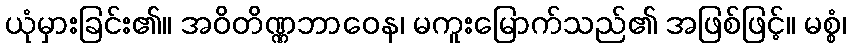
ယုံမှားခြင်း၏။ အဝိတိဏ္ဏဘာဝေန၊ မကူးမြောက်သည်၏ အဖြစ်ဖြင့်။ မစ္စံ၊